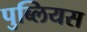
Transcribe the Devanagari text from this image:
पुब्लियस